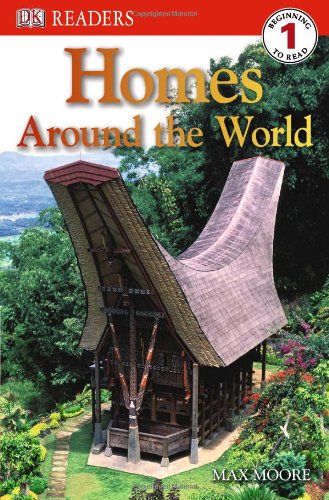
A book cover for DK Readers L1: Homes Around the World; Max Moore; Children's Books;